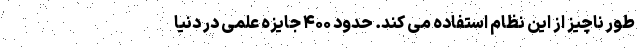
طور ناچیز از این نظام استفاده می کند. حدود ۴۰۰ جایزه علمی در دنیا